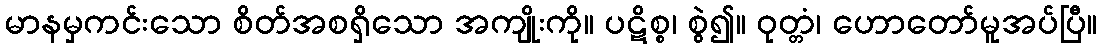
မာနမှကင်းသော စိတ်အစရှိသော အကျိုးကို။ ပဋိစ္စ၊ စွဲ၍။ ဝုတ္တံ၊ ဟောတော်မူအပ်ပြီ။